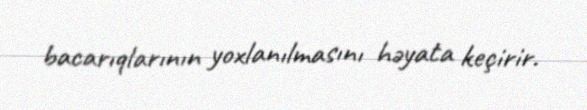
bacarıqlarının yoxlanılmasını həyata keçirir.